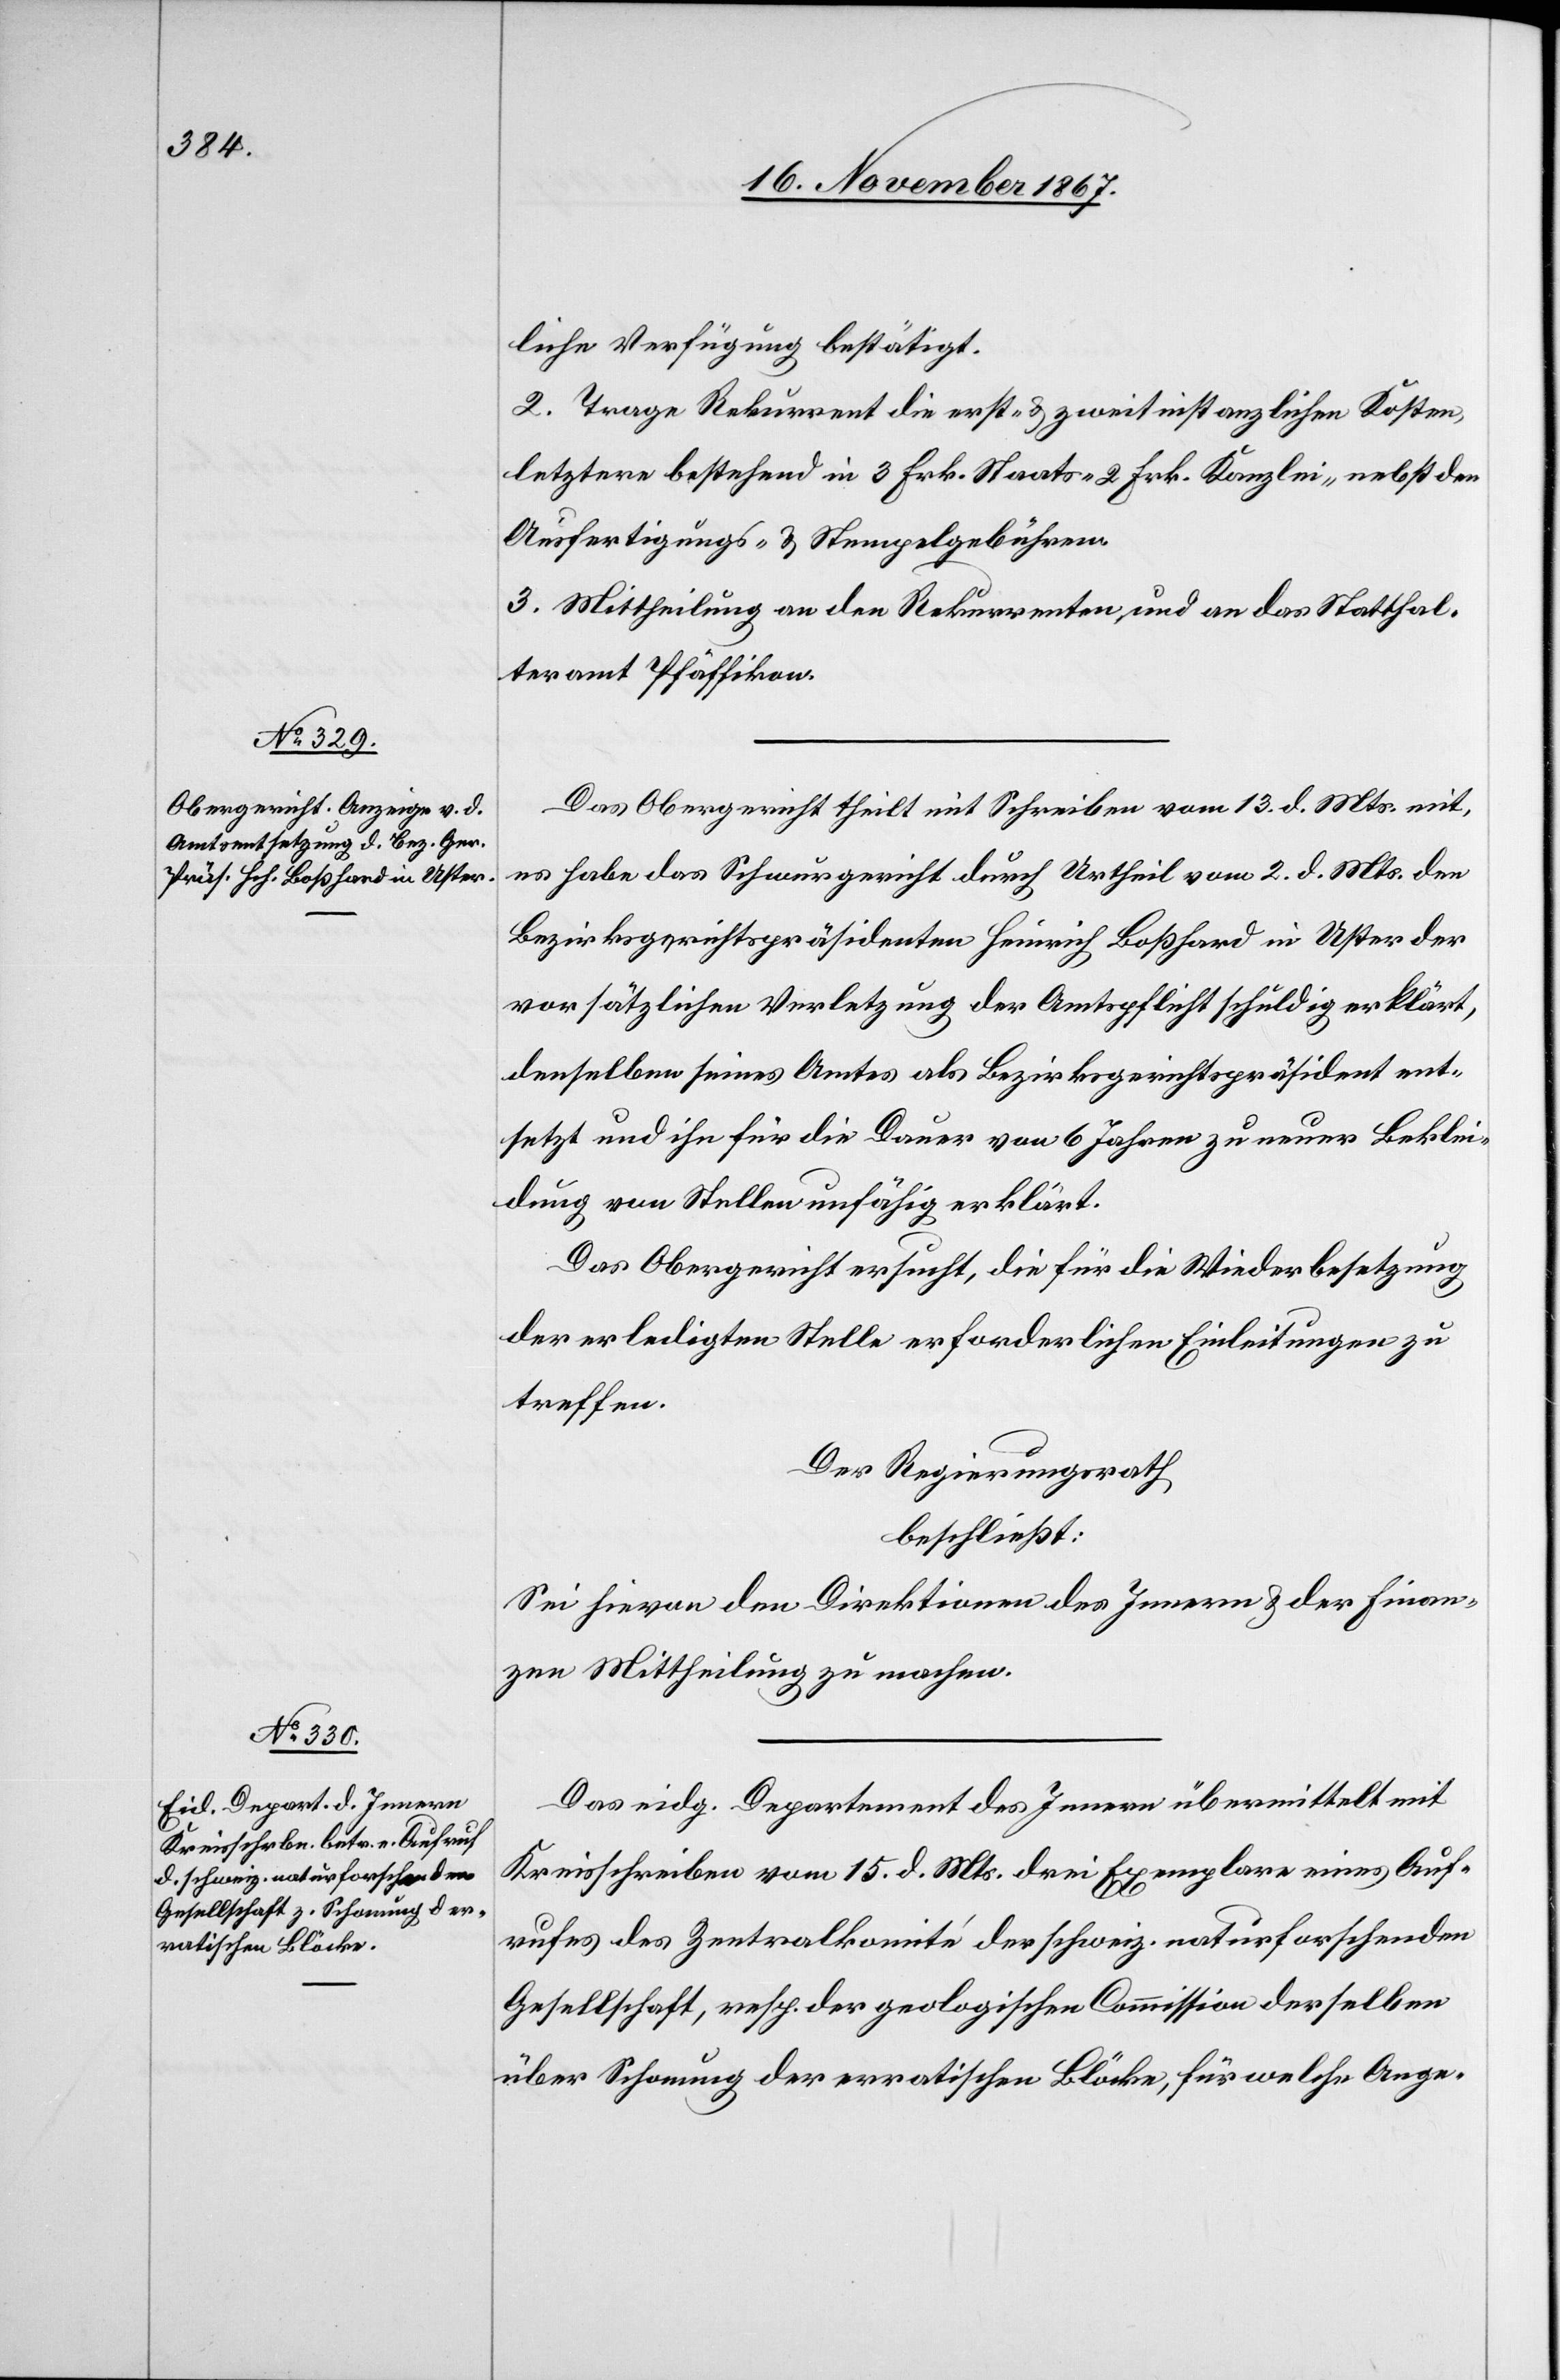
liche Verfügung bestätigt.
2. Trage Rekurrent die erst- u. zweitinstanzlichen Kosten,
letztere bestehend in 3 Frk. Staats-[,] 2 Frk. Kanzlei- nebst den
Ausfertigungs- u. Stempelgebühren.
3. Mittheilung an den Rekurrenten und an das Statthal¬
teramt Pfäffikon.
Das Obergericht theilt mit Schreiben vom 13. d. Mts. mit,
es habe das Schwurgericht durch Urtheil vom 2. d. Mts. den
Bezirksgerichtspräsidenten Heinrich Boßhard in Uster der
vorsätzlichen Verletzung der Amtspflicht schuldig erklärt,
denselben seines Amtes als Bezirksgerichtspräsident ent¬
setzt und ihn für die Dauer von 6 Jahren zu neuer Beklei¬
dung von Stellen unfähig erklärt.
Das Obergericht ersucht, die für die Wiederbesetzung
der erledigten Stelle erforderlichen Einleitungen zu
treffen.
Der Regierungsrath,
beschließt:
Sei hievon den Direktionen des Innern u. der Finan¬
zen Mittheilung zu machen.
Das eidg. Departement des Innern übermittelt mit
Kreisschreiben vom 15. d. Mts. drei Exemplare eines Auf¬
rufes des Zentralkomité der schweiz. naturforschenden
Gesellschaft, resp. der geologischen Commission derselben
über Schonung der erratischen Blöcke, für welche Ange-